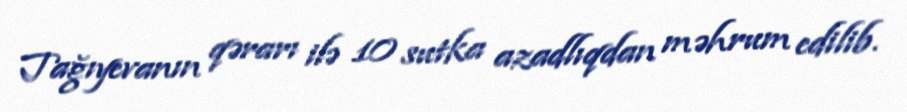
Tağıyevanın qərarı ilə 10 sutka azadlıqdan məhrum edilib.